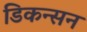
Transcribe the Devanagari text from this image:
डिकन्सन